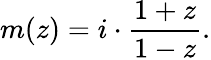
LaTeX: m(z)=i\cdot{\frac{1+z}{1-z}}.